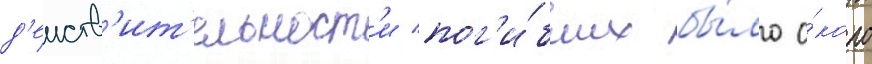
д'еиств'ит'ельност'и пог'и́бших бы́ло о́коло